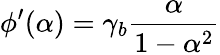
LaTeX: \phi^{\prime}(\alpha)=\gamma_{b}\frac{\alpha}{1-\alpha^{2}}